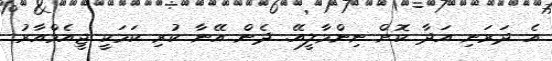
އެ ދަރަނި އަދާ ކޮށް ނިންމާލީއޭ. ދެން އޭނާ ކުރި ކަމަކީ ޖީއެމްއާރު